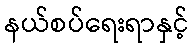
နယ်စပ်ရေးရာနှင့်